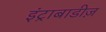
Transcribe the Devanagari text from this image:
इंट्राबाडीज़